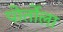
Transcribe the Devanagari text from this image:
पोर्तोला